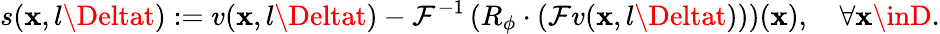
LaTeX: s(\mathbf{x},l\Deltat):=v(\mathbf{x},l\Deltat)-\mathcal{{F}}^{-1}\left(R_{\phi}\cdot\left(\mathcal{{F}}v(\mathbf{x},l\Deltat)\right)\right)(\mathbf{x}),\quad\forall\mathbf{x}\inD.